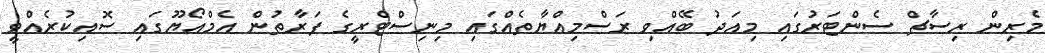
މެރިން ރިސާޗް ސެންޓަރުގައި މިއަދު ބޭއްވި ރަސްމިއްޔާތެއްގައި މިނިސްޓްރީގެ ފަރާތުން އެމްއޯޔޫގައި ސޮއިކުރެއްވީ